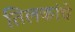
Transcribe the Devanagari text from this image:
तिलकांचे